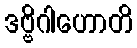
ဒဗ္ဗိဂါဟောတိ